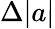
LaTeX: \Delta\lvert a\rvert